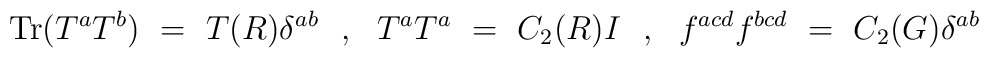
\mbox{Tr}(T^aT^b) ~=~ T(R) \delta^{ab} ~~,~~ T^aT^a ~=~ C_2(R) I ~~,~~f^{acd} f^{bcd} ~=~ C_2(G) \delta^{ab}